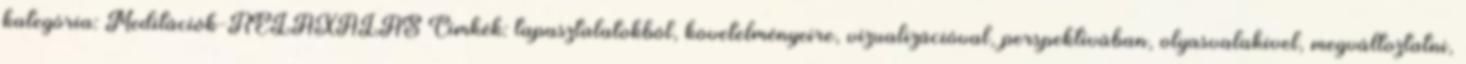
kategória: Meditációk-RELAXÁLÁS Címkék: tapasztalatokból, követelményeire, vizualizációval, perspektívában, olyasvalakivel, megváltoztatni,